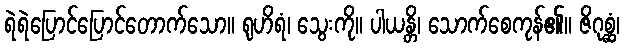
ရဲရဲပြောင်ပြောင်တောက်သော။ ရုဟိရံ၊ သွေးကို။ ပါယန္တိ၊ သောက်စေကုန်၏။ ဇိဂုစ္ဆံ၊